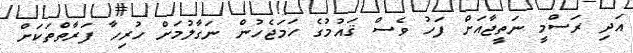
އަދި ރަސްމީ ނަތީޖާއަށް ފަހު ވެސް ޤައުމުގެ ހަމަޖެހުން ނަގާލުމަށް ހުރިހާ ފަރާތްތަކަށް